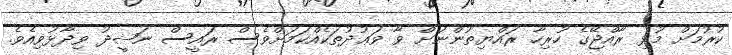
ކުރުމަށް މުޅި ރާއްޖޭގެ ހުރިހާ ރައްޔިތުންނަށް ވާ ވަޢުދުތަކެއްކަމަށްވެސް ރައީސް ނަޝީދު ވިދާޅުވިއެވެ.